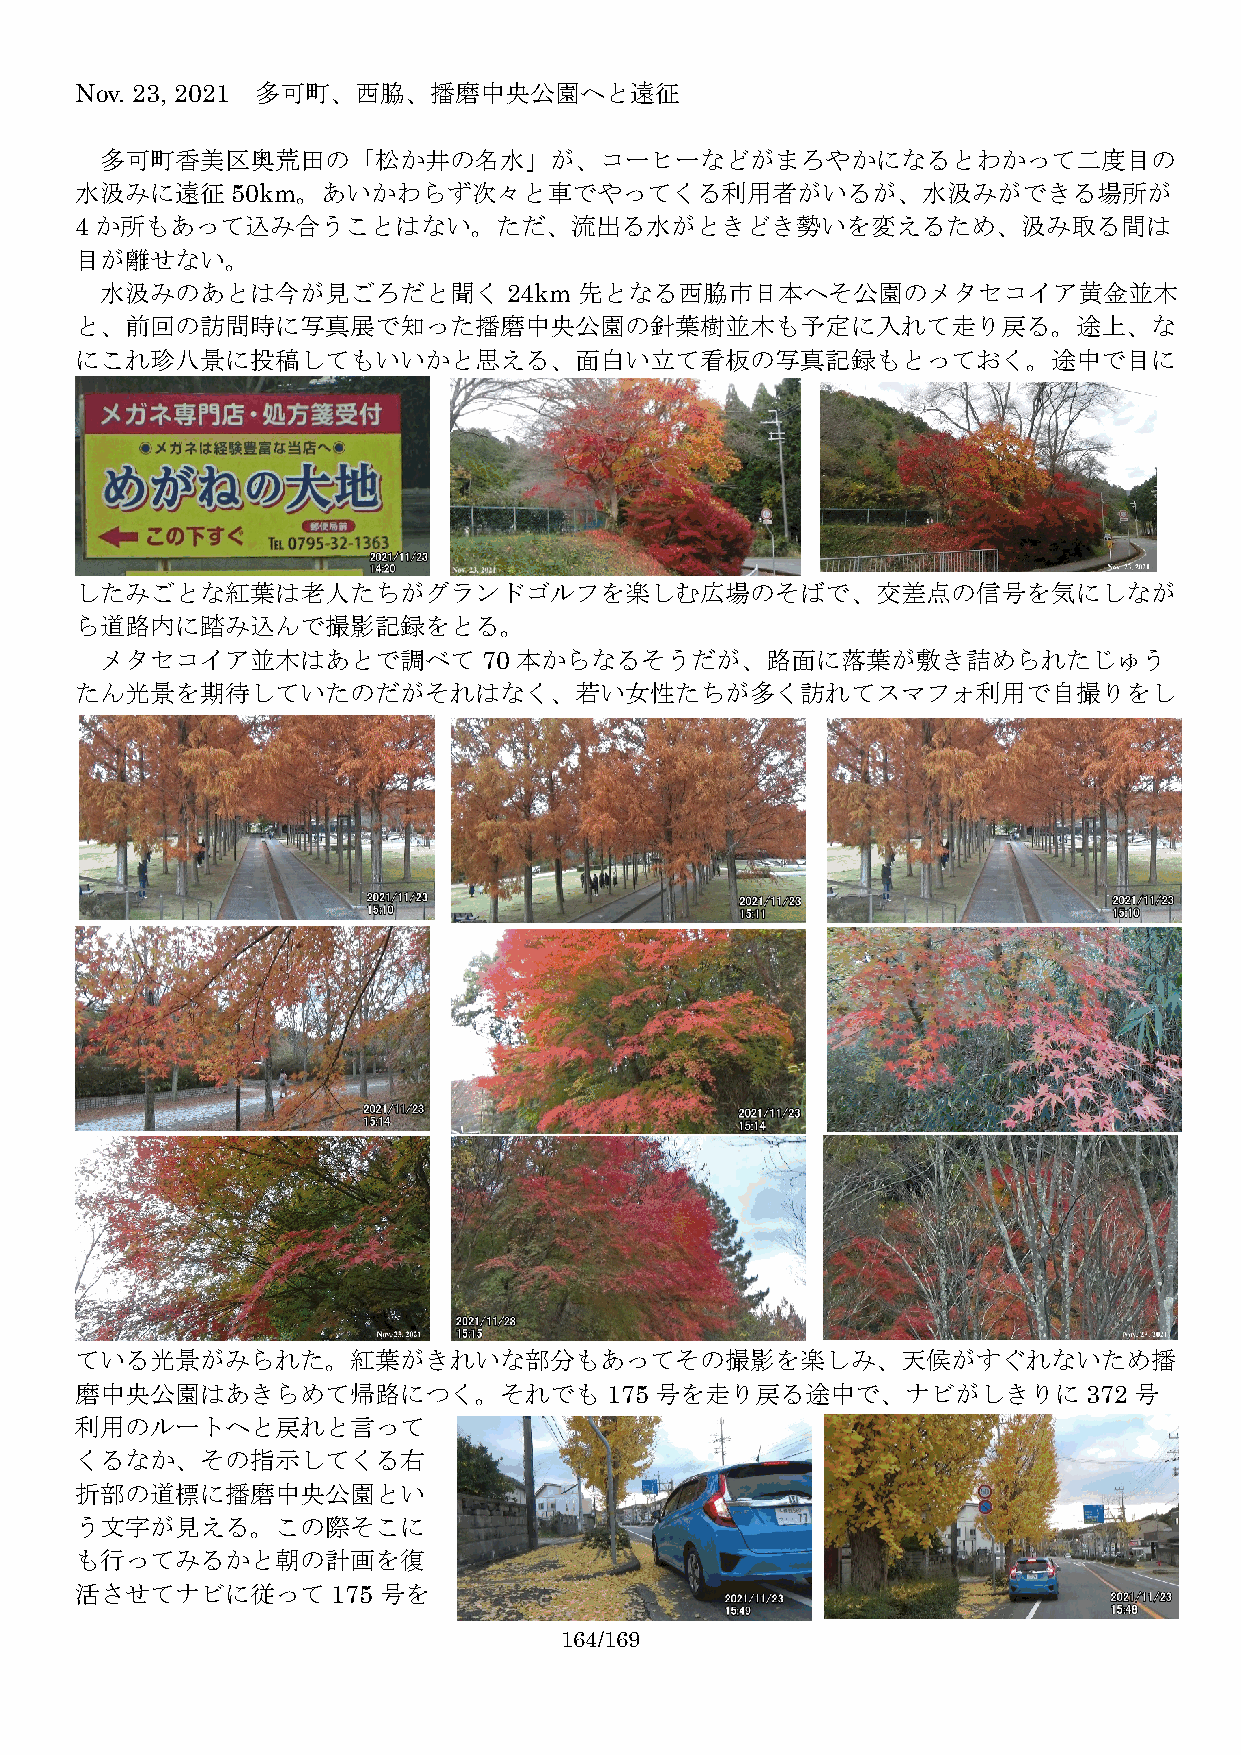
Nov. 23, 2021 多可町、西脇、播磨中央公園へと遠征
 多可町香美区奥荒田の「松か井の名水」が、コーヒーなどがまろやかになるとわかって二度目の
 水汲みに遠征50km。あいかわらず次々と車でやってくる利用者がいるが、水汲みができる場所が
 4 か所もあって込み合うことはない。ただ、流出る水がときどき勢いを変えるため、汲み取る間は
 目が離せない。
 水汲みのあとは今が見ごろだと聞く24km           先となる西脇市日本へそ公園のメタセコイア黄金並木
 と、前回の訪問時に写真展で知った播磨中央公園の針葉樹並木も予定に入れて走り戻る。途上、な
 にこれ珍八景に投稿してもいいかと思える、面白い立て看板の写真記録もとっておく。途中で目に
 したみごとな紅葉は老人たちがグランドゴルフを楽しむ広場のそばで、交差点の信号を気にしなが
 ら道路内に踏み込んで撮影記録をとる。
 メタセコイア並木はあとで調べて70          本からなるそうだが、路面に落葉が敷き詰められたじゅう
 たん光景を期待していたのだがそれはなく、若い女性たちが多く訪れてスマフォ利用で自撮りをし
 ている光景がみられた。紅葉がきれいな部分もあってその撮影を楽しみ、天候がすぐれないため播
 磨中央公園はあきらめて帰路につく。それでも175              号を走り戻る途中で、ナビがしきりに372            号
 利用のルートへと戻れと言って
 くるなか、その指示してくる右
 折部の道標に播磨中央公園とい
 う文字が見える。この際そこに
 も行ってみるかと朝の計画を復
 活させてナビに従って175       号を
 164/169